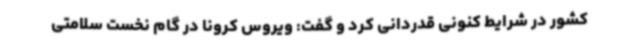
کشور در شرایط کنونی قدردانی کرد و گفت: ویروس کرونا در گام نخست سلامتی